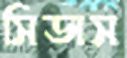
সিডাস